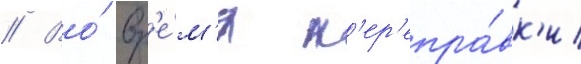
// Во́ вр'е́м'я п'ер'епра́вк'и